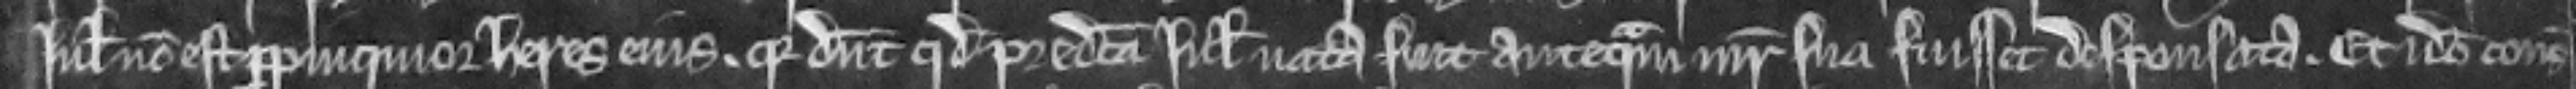
Juliana non est propinquior heres ejus quia dicunt quod predicta Juliana nata fuit antequam mater sua fuisset desponsata. Et ideo consideratum